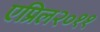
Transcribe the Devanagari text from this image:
एप्रिल२०११